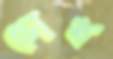
চোখ